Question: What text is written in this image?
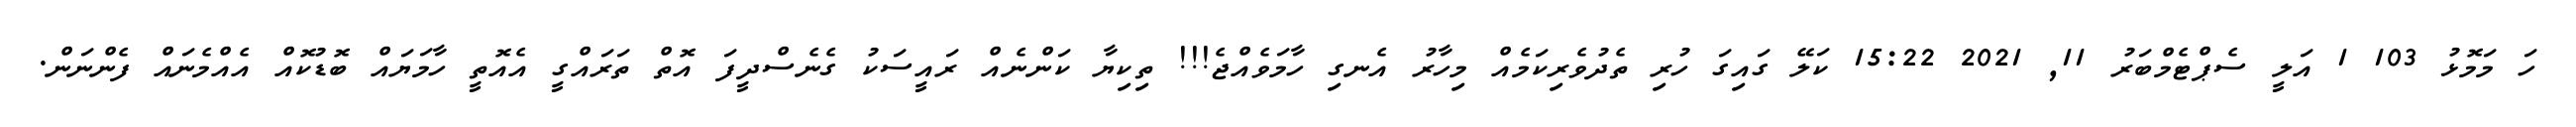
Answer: ހަ މަމޮޅު 103 1 އަލީ ސެޕްޓެމްބަރު 11, 2021 15:22 ކަލޭ ގައިގަ ހުރި ތެދުވެރިކަމެއް މިހާރު އެނގި ހާމަވެއްޖެ!!! ތިކިޔާ ކަންނެއް ރައީސަކު ގެނެސްދީފަ އޮތް ތަރައްގީ އެއޮތީ ހާމަޔައް ބޮޑުކޮއް އެއްމެނައް ފެންނަން.